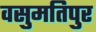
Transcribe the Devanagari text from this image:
वसुमतिपुर